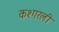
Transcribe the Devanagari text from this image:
कश्गरली